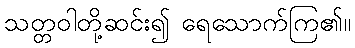
သတ္တဝါတို့ဆင်း၍ ရေသောက်ကြ၏။